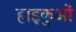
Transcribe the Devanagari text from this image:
हाइकुओं